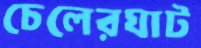
চেলেরঘাট